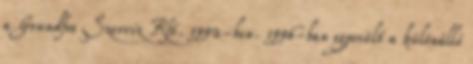
a Grundfos Szerviz Kft. 1992-ben. 1996-ban egyesült a különálló